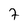
Character: 7